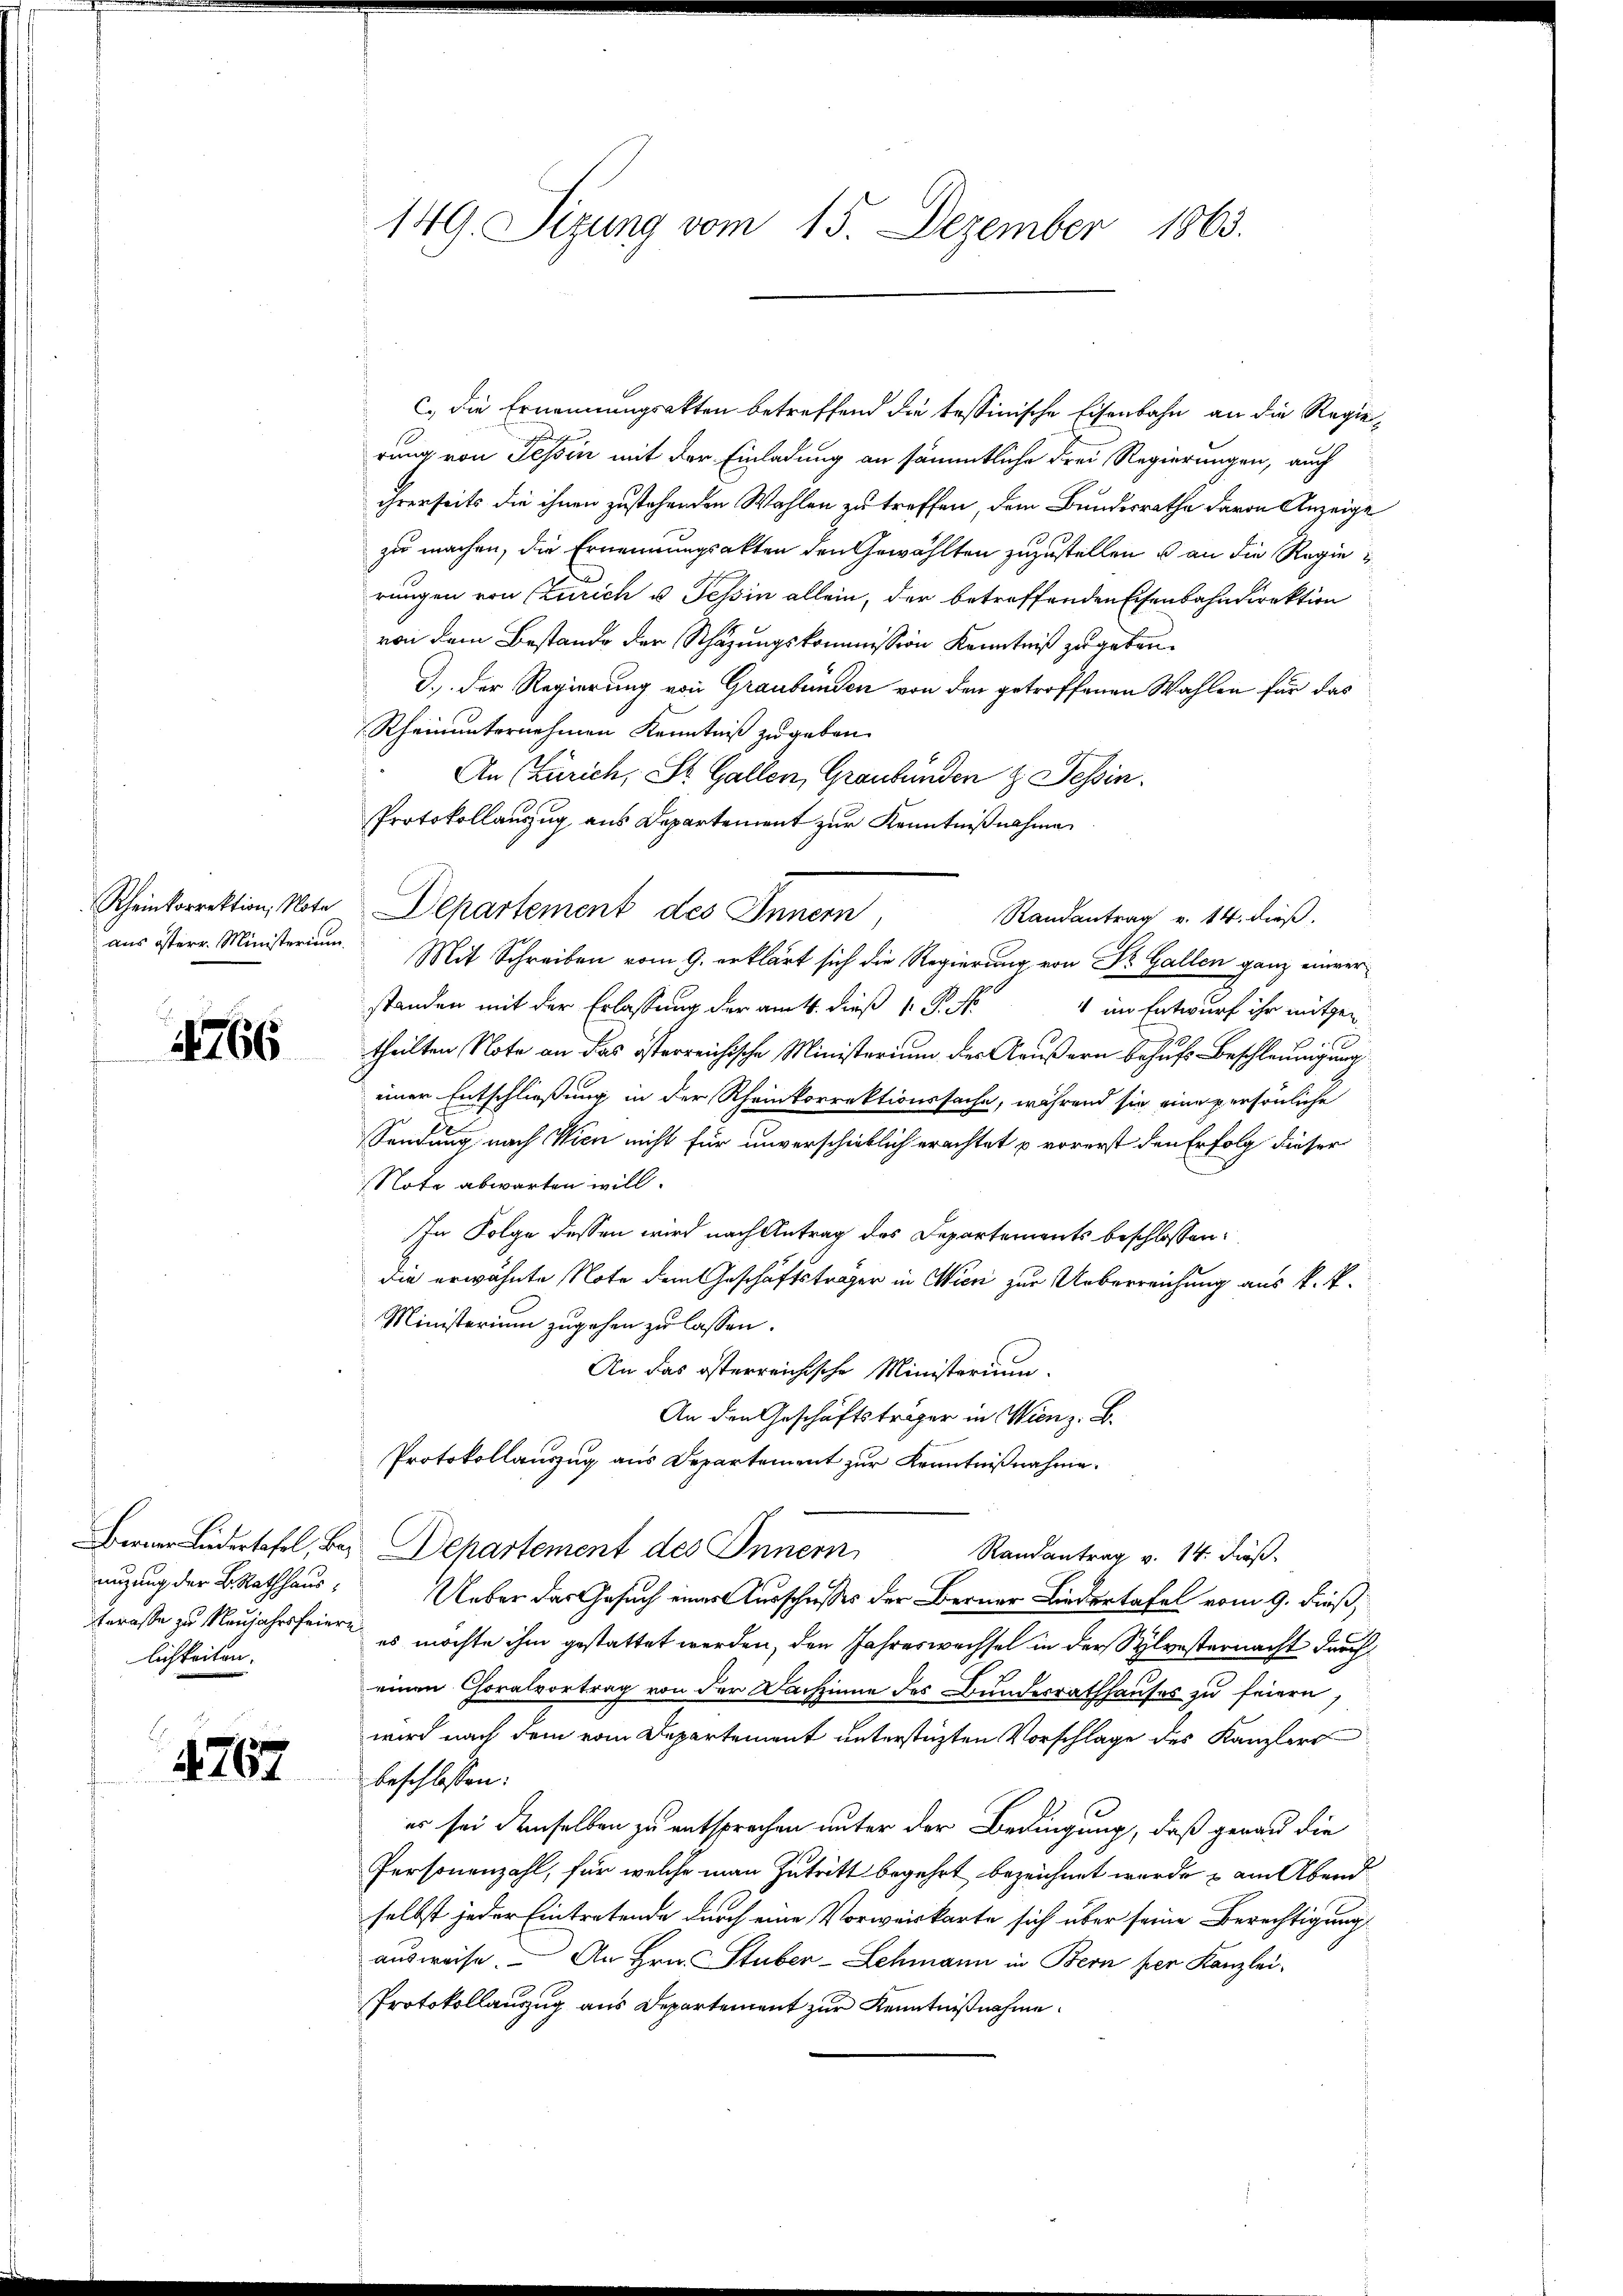
Rheinkorrektion, Note
aus östere Ministerium

4766

nizung der B. Rathhaus,
lichkeiten.

1767

149. Sizung vom 15. Dezember 1863.

c.) die Ernennungsakten betreffend die tessinische Eisenbahn an die Regierung von Tessin mit der Einladung an sämmtliche Frei Regierungen, auch
ihrerseits die ihnen zustehenden Wahlen zu treffen, dem Bundesrathe davon Anzeige
zu machen, die Ernennungsakten den Gewählten zuzustellen u an die Regie
rungen von Zürich u. Tessin allein, der betreffenden Eisenbahndirektion
von dem Bestande der Schazungskommission Kenntniß zu geben.
d.) Der Regierung von Graubünden von den getroffenen Wahlen für das
Rheinunternehmen Kenntniß zugeben.
An Zürich, St. Gallen, Graubünden z. Tessin.
Protokollauszug aus Departement zur Kenntnißnahme
Departement des Innern,
Mit Schreiben vom 9. erklärt sich die Regierung von Dr. Gallen ganz einverstanden mit der Erlassung der am 4. dieß P. P. Nr. 4 im Entwurf ihr mitge-
theilten Note an das österreichische Ministerium der Aeußern behufs Beschleunigung
einer Entschließung in der Rheinkorrektionssache, während sie eine persönliche
Sendung nach Wien nicht für unverschieblich erachtet u vorerst den Erfolg dieser
Note abwarten will.
In Folge dessen wird nach Antrag des Departements beschlossen:
die erwähnte Note dem Geschäftsträger in Wieri zur Ueberreichung aus k. k.
Ministerium zugehen zu lassen.
An das österreichische Ministerium.
An den Geschäftsträger in Wien z. B.
Protokollauszug aus Departement zur Kenntnißnahme¬
Berner Liedertafel, bei Departement des Innern,
Randantrag v. 14. dieß.
Ueber das Gesuch einer Ausschlosses der Berner Liedertafel vom 9. dieß,
Gerasse zu Neujahrsfeier es möchte ihm gestattet werden, den Jahreswechsel in der Sylvesternacht durch
einen Choralvortrag von der Dachzinne des Bundesrathhauses zu feiern,
wird nach dem vom Departement unterstüzten Vorschlage des Kanzlers
beschlossen:
es sei demselben zu entsprechen unter der Bedingung, daß gerau die
Personenzahl, für welche man Zutritt begehrt bezeichnet wurde & am Abendselbst jeder Eintretende durch eine Vorweiskarte sich über seine Berechtigung
ausweise. An Hrn. Stuber-Lehmann in Bern per Kanzlei-
Protokollauszug aus Departement zur Kenntnißnahme

Randantrag v. 14. dieß,